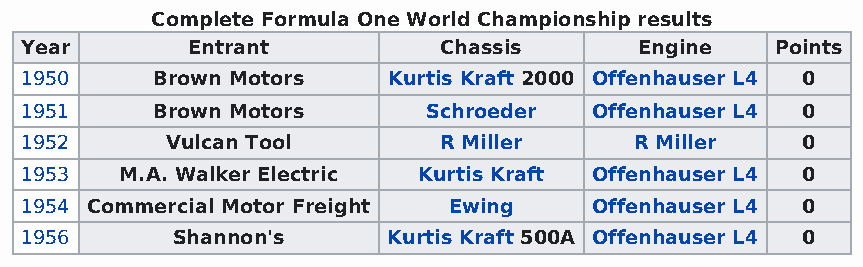
Complete Formula One World Championship results
 Year       Entrant          Chassis      Engine   Points
 1950     Brown Motors    Kurtis Kraft 2000 Offenhauser L4 0
 1951     Brown Motors      Schroeder  Offenhauser L4 0
 1952      Vulcan Tool       R Miller     R Miller   0
 1953   M.A. Walker Electric Kurtis Kraft Offenhauser L4 0
 1954 Commercial Motor Freight Ewing   Offenhauser L4 0
 1956      Shannon's      Kurtis Kraft 500A Offenhauser L4 0